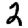
Digit: 2